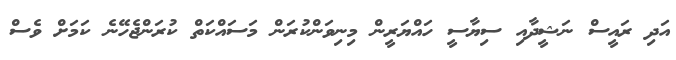
އަދި ރައީސް ނަޝީދާއި ސިޔާސީ ހައްޔަރީން މިނިވަންކުރަން މަސައްކަތް ކުރަންޖެހޭނެ ކަމަށް ވެސް